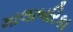
માલાબરિકા